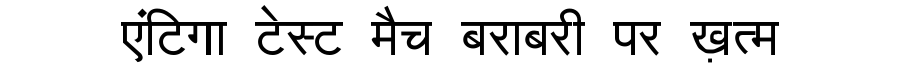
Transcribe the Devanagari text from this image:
एंटिगा टेस्ट मैच बराबरी पर ख़त्म